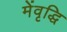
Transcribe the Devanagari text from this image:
मेंवृद्धि